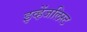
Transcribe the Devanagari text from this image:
इव्हेंजलिस्ट